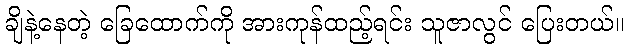
ချိနဲ့နေတဲ့ ခြေထောက်ကို အားကုန်ထည့်ရင်း သူဇာလွင် ပြေးတယ်။